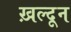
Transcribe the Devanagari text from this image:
ख़ल्दून